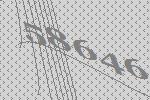
58646